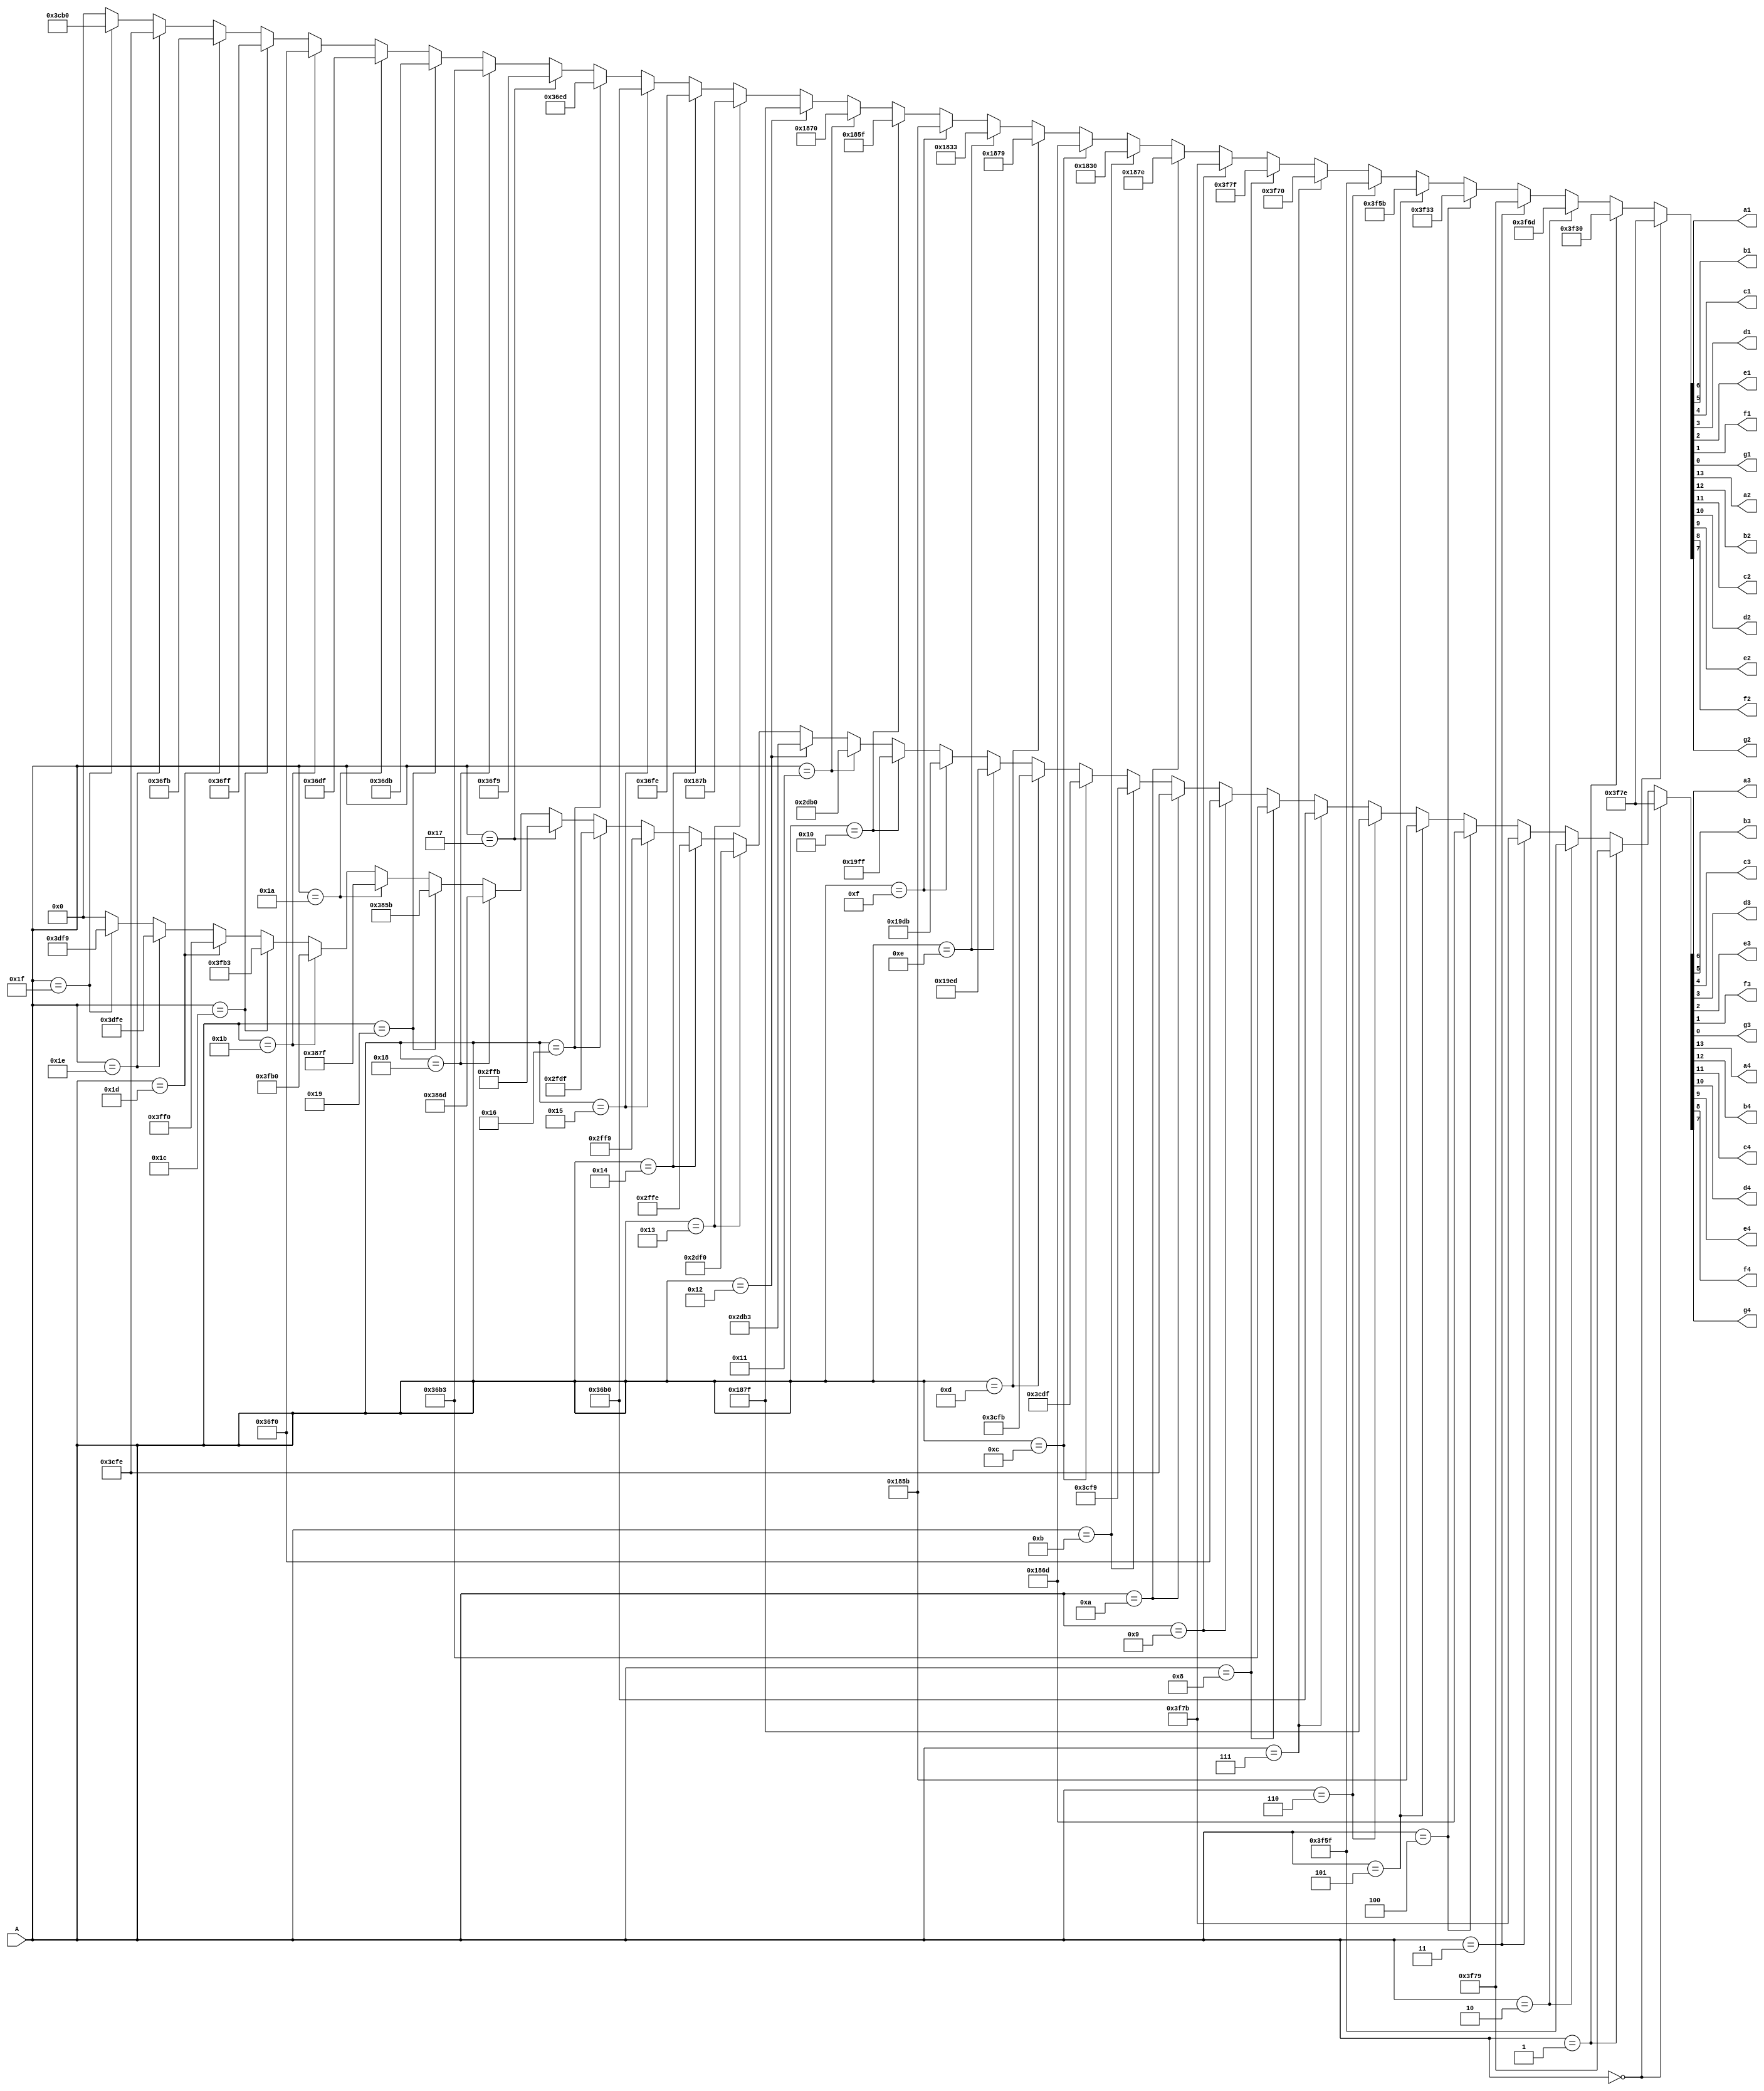
module multiplicador (
						input [4:0] A,   // tem 5 bits
						output a1, b1, c1, d1, e1, f1, g1, a2, b2, c2, d2, e2, f2, g2, 
							   a3, b3, c3, d3, e3, f3, g3, a4, b4, c4, d4, e4, f4, g4 
						);
						   //o valor mximo de A  31, e 31*3=93 , logo,
						   //o produto mximo tambm poder ser mostrado nos displays.
wire [6:0]  seteSegmentos1,		
			seteSegmentos2,
			seteSegmentos3,
			seteSegmentos4;				


assign {seteSegmentos2, seteSegmentos1} = (A == 5'b00_000) ? {7'b1111_110, 7'b1111_110} :  //0
										  (A == 5'b00_001) ? {7'b1111_110, 7'b0110_000} :  //1
										  (A == 5'b00_010) ? {7'b1111_110, 7'b1101_101} :  //2
										  (A == 5'b00_011) ? {7'b1111_110, 7'b1111_001} :  //3
										  (A == 5'b00_100) ? {7'b1111_110, 7'b0110_011} :  //4
										  (A == 5'b00_101) ? {7'b1111_110, 7'b1011_011} :  //5
										  (A == 5'b00_110) ? {7'b1111_110, 7'b1011_111} :  //6
										  (A == 5'b00_111) ? {7'b1111_110, 7'b1110_000} :  //7
										  (A == 5'b01_000) ? {7'b1111_110, 7'b1111_111} :  //8
										  (A == 5'b01_001) ? {7'b1111_110, 7'b1111_011} :  //9
										  (A == 5'b01_010) ? {7'b0110_000, 7'b1111_110} :  //10
										  (A == 5'b01_011) ? {7'b0110_000, 7'b0110_000} :  //11
										  (A == 5'b01_100) ? {7'b0110_000, 7'b1101_101} :  //12
										  (A == 5'b01_101) ? {7'b0110_000, 7'b1111_001} :  //13
										  (A == 5'b01_110) ? {7'b0110_000, 7'b0110_011} :  //14
										  (A == 5'b01_111) ? {7'b0110_000, 7'b1011_011} :  //15
										  (A == 5'b10_000) ? {7'b0110_000, 7'b1011_111} :  //16
										  (A == 5'b10_001) ? {7'b0110_000, 7'b1110_000} :  //17
										  (A == 5'b10_010) ? {7'b0110_000, 7'b1111_111} :  //18
										  (A == 5'b10_011) ? {7'b0110_000, 7'b1111_011} :  //19
										  (A == 5'b10_100) ? {7'b1101_101, 7'b1111_110} :  //20
										  (A == 5'b10_101) ? {7'b1101_101, 7'b0110_000} :  //21
										  (A == 5'b10_110) ? {7'b1101_101, 7'b1101_101} :  //22
										  (A == 5'b10_111) ? {7'b1101_101, 7'b1111_001} :  //23
										  (A == 5'b11_000) ? {7'b1101_101, 7'b0110_011} :  //24
										  (A == 5'b11_001) ? {7'b1101_101, 7'b1011_011} :  //25
										  (A == 5'b11_010) ? {7'b1101_101, 7'b1011_111} :  //26
										  (A == 5'b11_011) ? {7'b1101_101, 7'b1110_000} :  //27
										  (A == 5'b11_100) ? {7'b1101_101, 7'b1111_111} :  //28
										  (A == 5'b11_101) ? {7'b1101_101, 7'b1111_011} :  //29
										  (A == 5'b11_110) ? {7'b1111_001, 7'b1111_110} :  //30
										  (A == 5'b11_111) ? {7'b1111_001, 7'b0110_000} :  //31
										  {7'b0000_000, 7'b0000_000};  
										  
										  

assign {a2, b2, c2, d2, e2, f2, g2, a1, b1, c1, d1, e1, f1, g1} = {seteSegmentos2, seteSegmentos1};



assign {seteSegmentos4, seteSegmentos3} = (A == 5'b00_000) ? {7'b1111_110, 7'b1111_110} :  //0
										  (A == 5'b00_001) ? {7'b1111_110, 7'b1111_001} :  //3
										  (A == 5'b00_010) ? {7'b1111_110, 7'b1011_111} :  //6
										  (A == 5'b00_011) ? {7'b1111_110, 7'b1111_011} :  //9
										  (A == 5'b00_100) ? {7'b0110_000, 7'b1101_101} :  //12
										  (A == 5'b00_101) ? {7'b0110_000, 7'b1011_011} :  //15
										  (A == 5'b00_110) ? {7'b0110_000, 7'b1111_111} :  //18
										  (A == 5'b00_111) ? {7'b1101_101, 7'b0110_000} :  //21
										  (A == 5'b01_000) ? {7'b1101_101, 7'b0110_011} :  //24
										  (A == 5'b01_001) ? {7'b1101_101, 7'b1110_000} :  //27
										  (A == 5'b01_010) ? {7'b1111_001, 7'b1111_110} :  //30
										  (A == 5'b01_011) ? {7'b1111_001, 7'b1111_001} :  //33
										  (A == 5'b01_100) ? {7'b1111_001, 7'b1011_111} :  //36
										  (A == 5'b01_101) ? {7'b1111_001, 7'b1111_011} :  //39
										  (A == 5'b01_110) ? {7'b0110_011, 7'b1101_101} :  //42
										  (A == 5'b01_111) ? {7'b0110_011, 7'b1011_011} :  //45
										  (A == 5'b10_000) ? {7'b0110_011, 7'b1111_111} :  //48
										  (A == 5'b10_001) ? {7'b1011_011, 7'b0110_000} :  //51
										  (A == 5'b10_010) ? {7'b1011_011, 7'b0110_011} :  //54
										  (A == 5'b10_011) ? {7'b1011_011, 7'b1110_000} :  //57
										  (A == 5'b10_100) ? {7'b1011_111, 7'b1111_110} :  //60
										  (A == 5'b10_101) ? {7'b1011_111, 7'b1111_001} :  //63
										  (A == 5'b10_110) ? {7'b1011_111, 7'b1011_111} :  //66
										  (A == 5'b10_111) ? {7'b1011_111, 7'b1111_011} :  //69
										  (A == 5'b11_000) ? {7'b1110_000, 7'b1101_101} :  //72
										  (A == 5'b11_001) ? {7'b1110_000, 7'b1011_011} :  //75
										  (A == 5'b11_010) ? {7'b1110_000, 7'b1111_111} :  //78
										  (A == 5'b11_011) ? {7'b1111_111, 7'b0110_000} :  //81
										  (A == 5'b11_100) ? {7'b1111_111, 7'b0110_011} :  //84
										  (A == 5'b11_101) ? {7'b1111_111, 7'b1110_000} :  //87
										  (A == 5'b11_110) ? {7'b1111_011, 7'b1111_110} :  //90
										  (A == 5'b11_111) ? {7'b1111_011, 7'b1111_001} :  //93
										  {7'b0000_000, 7'b0000_000};  
										  
										  

assign {a4, b4, c4, d4, e4, f4, g4, a3, b3, c3, d3, e3, f3, g3} = {seteSegmentos4, seteSegmentos3};

endmodule